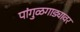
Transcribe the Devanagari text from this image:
पांगुळगाड्यावर